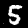
Label: 5